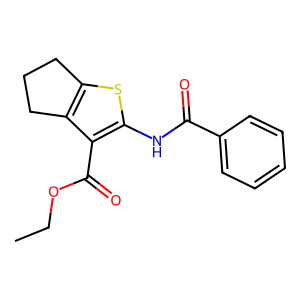
SMILES: CCOC(=O)c1c(NC(=O)c2ccccc2)sc2c1CCC2
Inhibits HIV replication: No